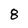
Character: 8